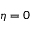
\eta = 0